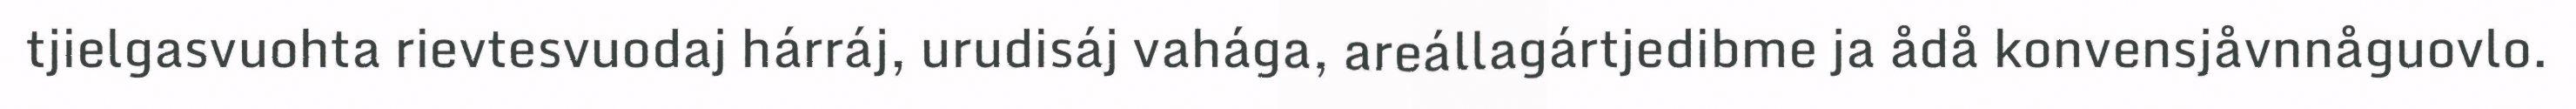
tjielgasvuohta rievtesvuodaj hárráj, urudisáj vahága, areállagártjedibme ja ådå konvensjåvnnåguovlo.